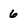
Character: 6